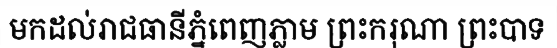
មកដល់រាជធានីភ្នំពេញភ្លាម ព្រះករុណា ព្រះបាទ